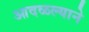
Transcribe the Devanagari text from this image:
आदळल्याने